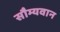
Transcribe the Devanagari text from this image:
सौम्यवान